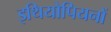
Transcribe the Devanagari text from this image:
इथियोपियनों